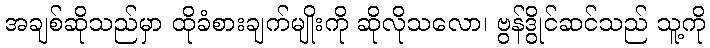
အချစ်ဆိုသည်မှာ ထိုခံစားချက်မျိုးကို ဆိုလိုသလော၊ ဗွန်ဒွိုင်ဆင်သည် သူ့ကို